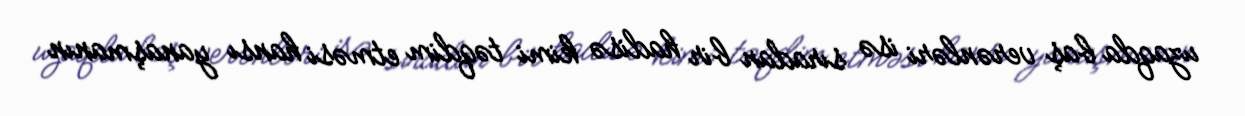
uzaqda baş verənləri isə sıradan bir hadisə kimi təqdim etməsi hansı yanaşmanın